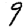
Digit: 9